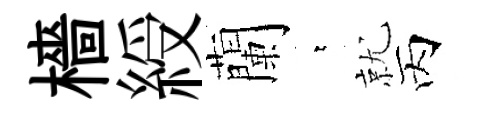
檣綬蘭萋就丙